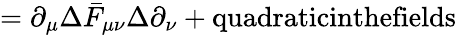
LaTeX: =\partial_{\mu}\Delta\bar{F}_{\mu\nu}\Delta\partial_{\nu}+\textrm{quadraticinthefields}